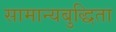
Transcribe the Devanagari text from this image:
सामान्यबुद्धिता